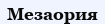
Мезаория